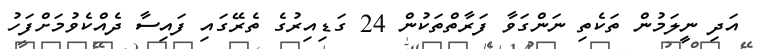
އަދި ނީލަމުން ތަކެތި ނަންގަވާ ފަރާތްތަކުން 24 ގަޑިއިރުގެ ތެރޭގައި ފައިސާ ދެއްކެވުމަށްފަހު